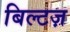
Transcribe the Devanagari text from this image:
बिल्टज़